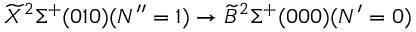
\widetilde { X } ^ { 2 } \Sigma ^ { + } ( 0 1 0 ) ( N ^ { \prime \prime } = 1 ) \rightarrow \widetilde { B } ^ { 2 } \Sigma ^ { + } ( 0 0 0 ) ( N ^ { \prime } = 0 )